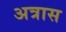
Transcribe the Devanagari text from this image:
अत्रास